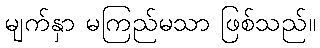
မျက်နှာ မကြည်မသာ ဖြစ်သည်။